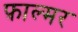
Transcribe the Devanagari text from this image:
फ़ाल्मर